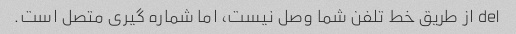
del از طریق خط تلفن شما وصل نیست، اما شماره گیری متصل است.